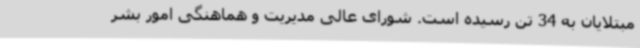
مبتلایان به 34 تن رسیده است. شورای عالی مدیریت و هماهنگی امور بشر